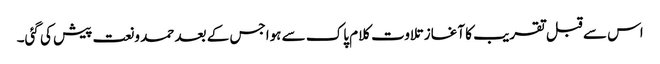
اس سے قبل تقریب کا آغاز تلاوت کلام پاک سے ہواجس کے بعد حمد ونعت پیش کی گئی۔